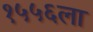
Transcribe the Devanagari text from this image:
१५५६ला